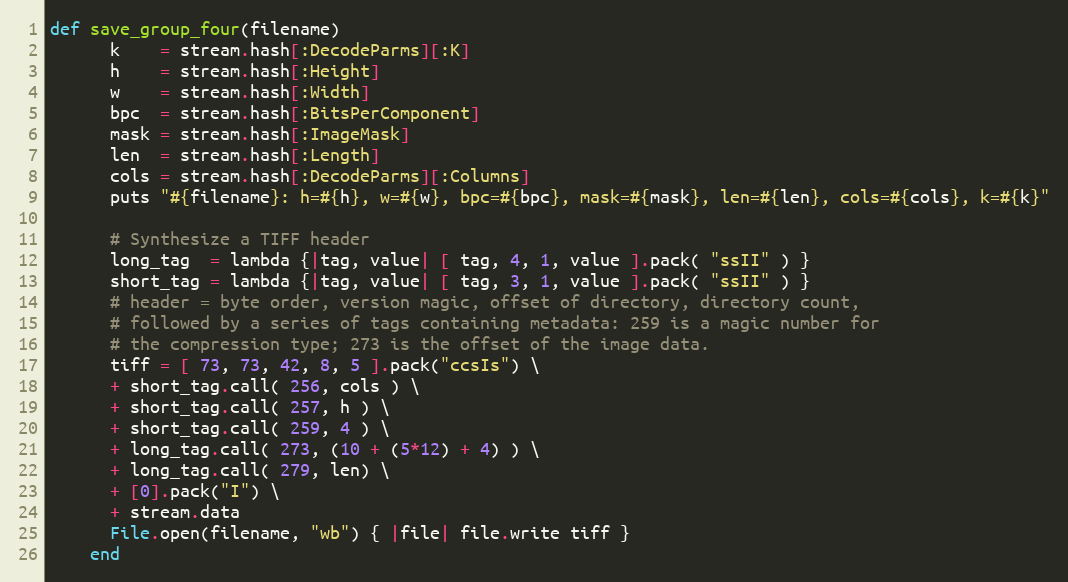
Language: Ruby
def save_group_four(filename)
      k    = stream.hash[:DecodeParms][:K]
      h    = stream.hash[:Height]
      w    = stream.hash[:Width]
      bpc  = stream.hash[:BitsPerComponent]
      mask = stream.hash[:ImageMask]
      len  = stream.hash[:Length]
      cols = stream.hash[:DecodeParms][:Columns]
      puts "#{filename}: h=#{h}, w=#{w}, bpc=#{bpc}, mask=#{mask}, len=#{len}, cols=#{cols}, k=#{k}"

      # Synthesize a TIFF header
      long_tag  = lambda {|tag, value| [ tag, 4, 1, value ].pack( "ssII" ) }
      short_tag = lambda {|tag, value| [ tag, 3, 1, value ].pack( "ssII" ) }
      # header = byte order, version magic, offset of directory, directory count,
      # followed by a series of tags containing metadata: 259 is a magic number for
      # the compression type; 273 is the offset of the image data.
      tiff = [ 73, 73, 42, 8, 5 ].pack("ccsIs") \
      + short_tag.call( 256, cols ) \
      + short_tag.call( 257, h ) \
      + short_tag.call( 259, 4 ) \
      + long_tag.call( 273, (10 + (5*12) + 4) ) \
      + long_tag.call( 279, len) \
      + [0].pack("I") \
      + stream.data
      File.open(filename, "wb") { |file| file.write tiff }
    end